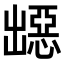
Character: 𭃁